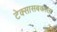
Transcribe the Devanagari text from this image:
टेक्सासबकाला